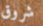
شروق